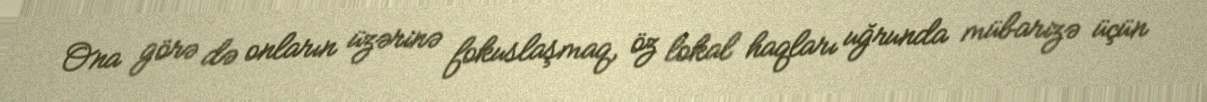
Ona görə də onların üzərinə fokuslaşmaq, öz lokal haqları uğrunda mübarizə üçün